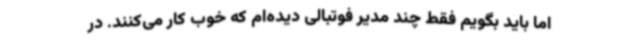
اما باید بگویم فقط چند مدیر فوتبالی دیده‌ام که خوب کار می‌کنند. در